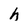
Character: h